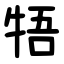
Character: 牾